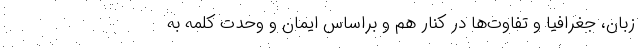
زبان، جغرافیا و تفاوت‌ها در کنار هم و براساس ایمان و وحدت کلمه به